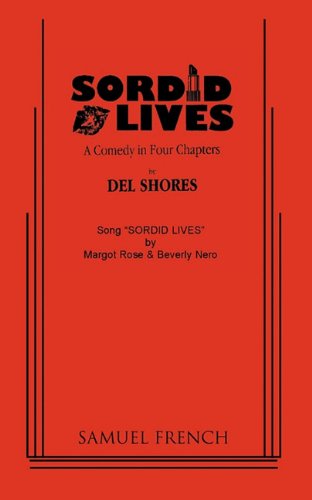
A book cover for Sordid Lives: A Comedy in Four Chapters; Del Shores; Literature & Fiction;